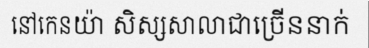
នៅកេនយ៉ា សិស្សសាលាជាច្រើននាក់